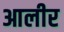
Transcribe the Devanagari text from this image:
आलीर